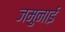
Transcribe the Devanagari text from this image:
जमुनाई